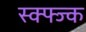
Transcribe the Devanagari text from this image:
स्क्फ्ज्क